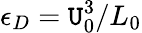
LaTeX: \epsilon_{D}=\mathtt{U}_{0}^{3}/L_{0}